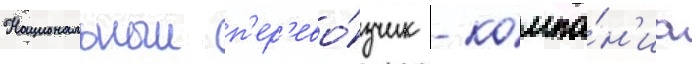
Национальныи п'ер'ево́зчик - компа́н'иа